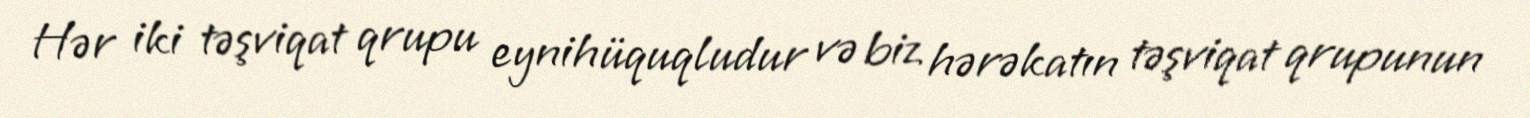
Hər iki təşviqat qrupu eynihüquqludur və biz hərəkatın təşviqat qrupunun